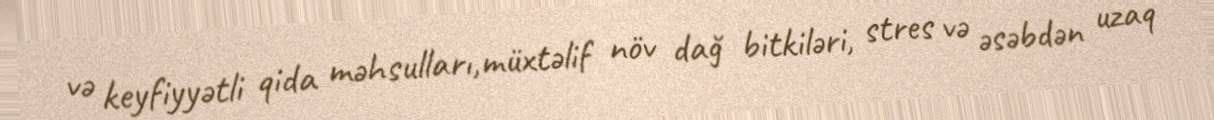
və keyfiyyətli qida məhsulları,müxtəlif növ dağ bitkiləri, stres və əsəbdən uzaq